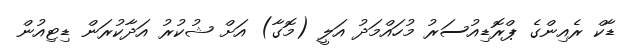
ޑާކް ރެއިންގެ ޕްރޮޑިއުސަރު މުހައްމަދު އަލީ (މޮގާ) އަށް ޝުކުރު އަދާކުރަން ޑިޓިއުން